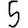
Digit: 5